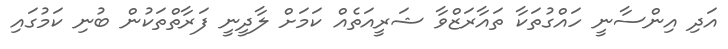
އަދި އިންސާނީ ހައްގުތަކާ ތައާރަޒްވާ ޝަރީއަތެއް ކަމަށް ލާދީނީ ފަރާތްތަކުން ބުނި ކަމުގައި